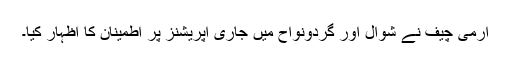
آرمی چیف نے شوال اور گردونواح میں جاری آپریشنز پر اطمینان کا اظہار کیا۔